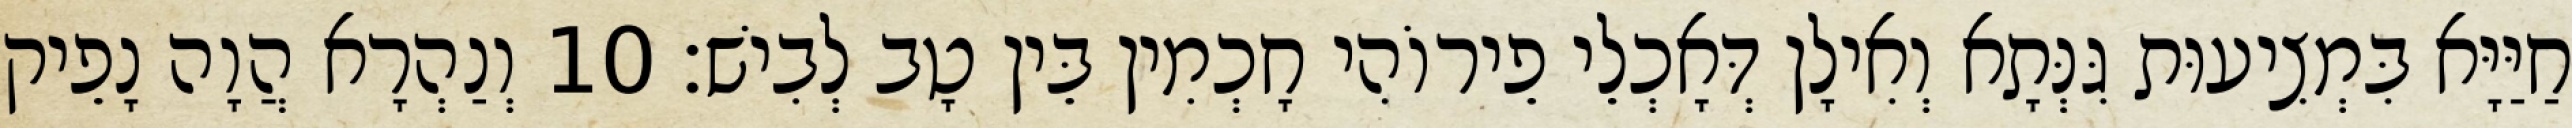
חַיַּיָּא בִּמְצִיעוּת גִּנְּתָא וְאִילָן דְּאָכְלֵי פֵירוֹהִי חָכְמִין בֵּין טָב לְבִישׁ׃ 10 וְנַהְרָא הֲוָה נָפֵיק